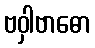
ဗဝှါဗာဓော